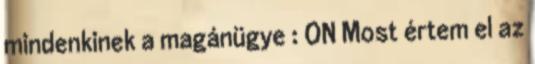
mindenkinek a magánügye : ON Most értem el az